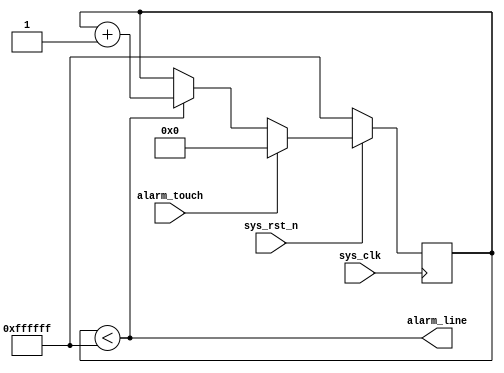
//`define		CYCLONE_V
`define	CYCLONE_IV
module alarm(
	input	sys_clk, 
	input 	sys_rst_n,
	input	alarm_touch,// 
	output	alarm_line// 
	);
	// 
`ifdef		CYCLONE_V	
`define 	ALARM_CNT_WIDTH		26
`else
`ifdef		CYCLONE_IV
`define 	ALARM_CNT_WIDTH		24
`endif
`endif	
	reg		[`ALARM_CNT_WIDTH-1:0]	alarm_cnt;
	always @(posedge sys_clk)
		if(!sys_rst_n)
			alarm_cnt <= {`ALARM_CNT_WIDTH{1'B1}};
		else if(alarm_touch)
			alarm_cnt <= 0;
		else if(alarm_cnt < {`ALARM_CNT_WIDTH{1'B1}})
			alarm_cnt <= alarm_cnt + 1;
	assign	alarm_line = (alarm_cnt < {`ALARM_CNT_WIDTH{1'B1}});
	
endmodule